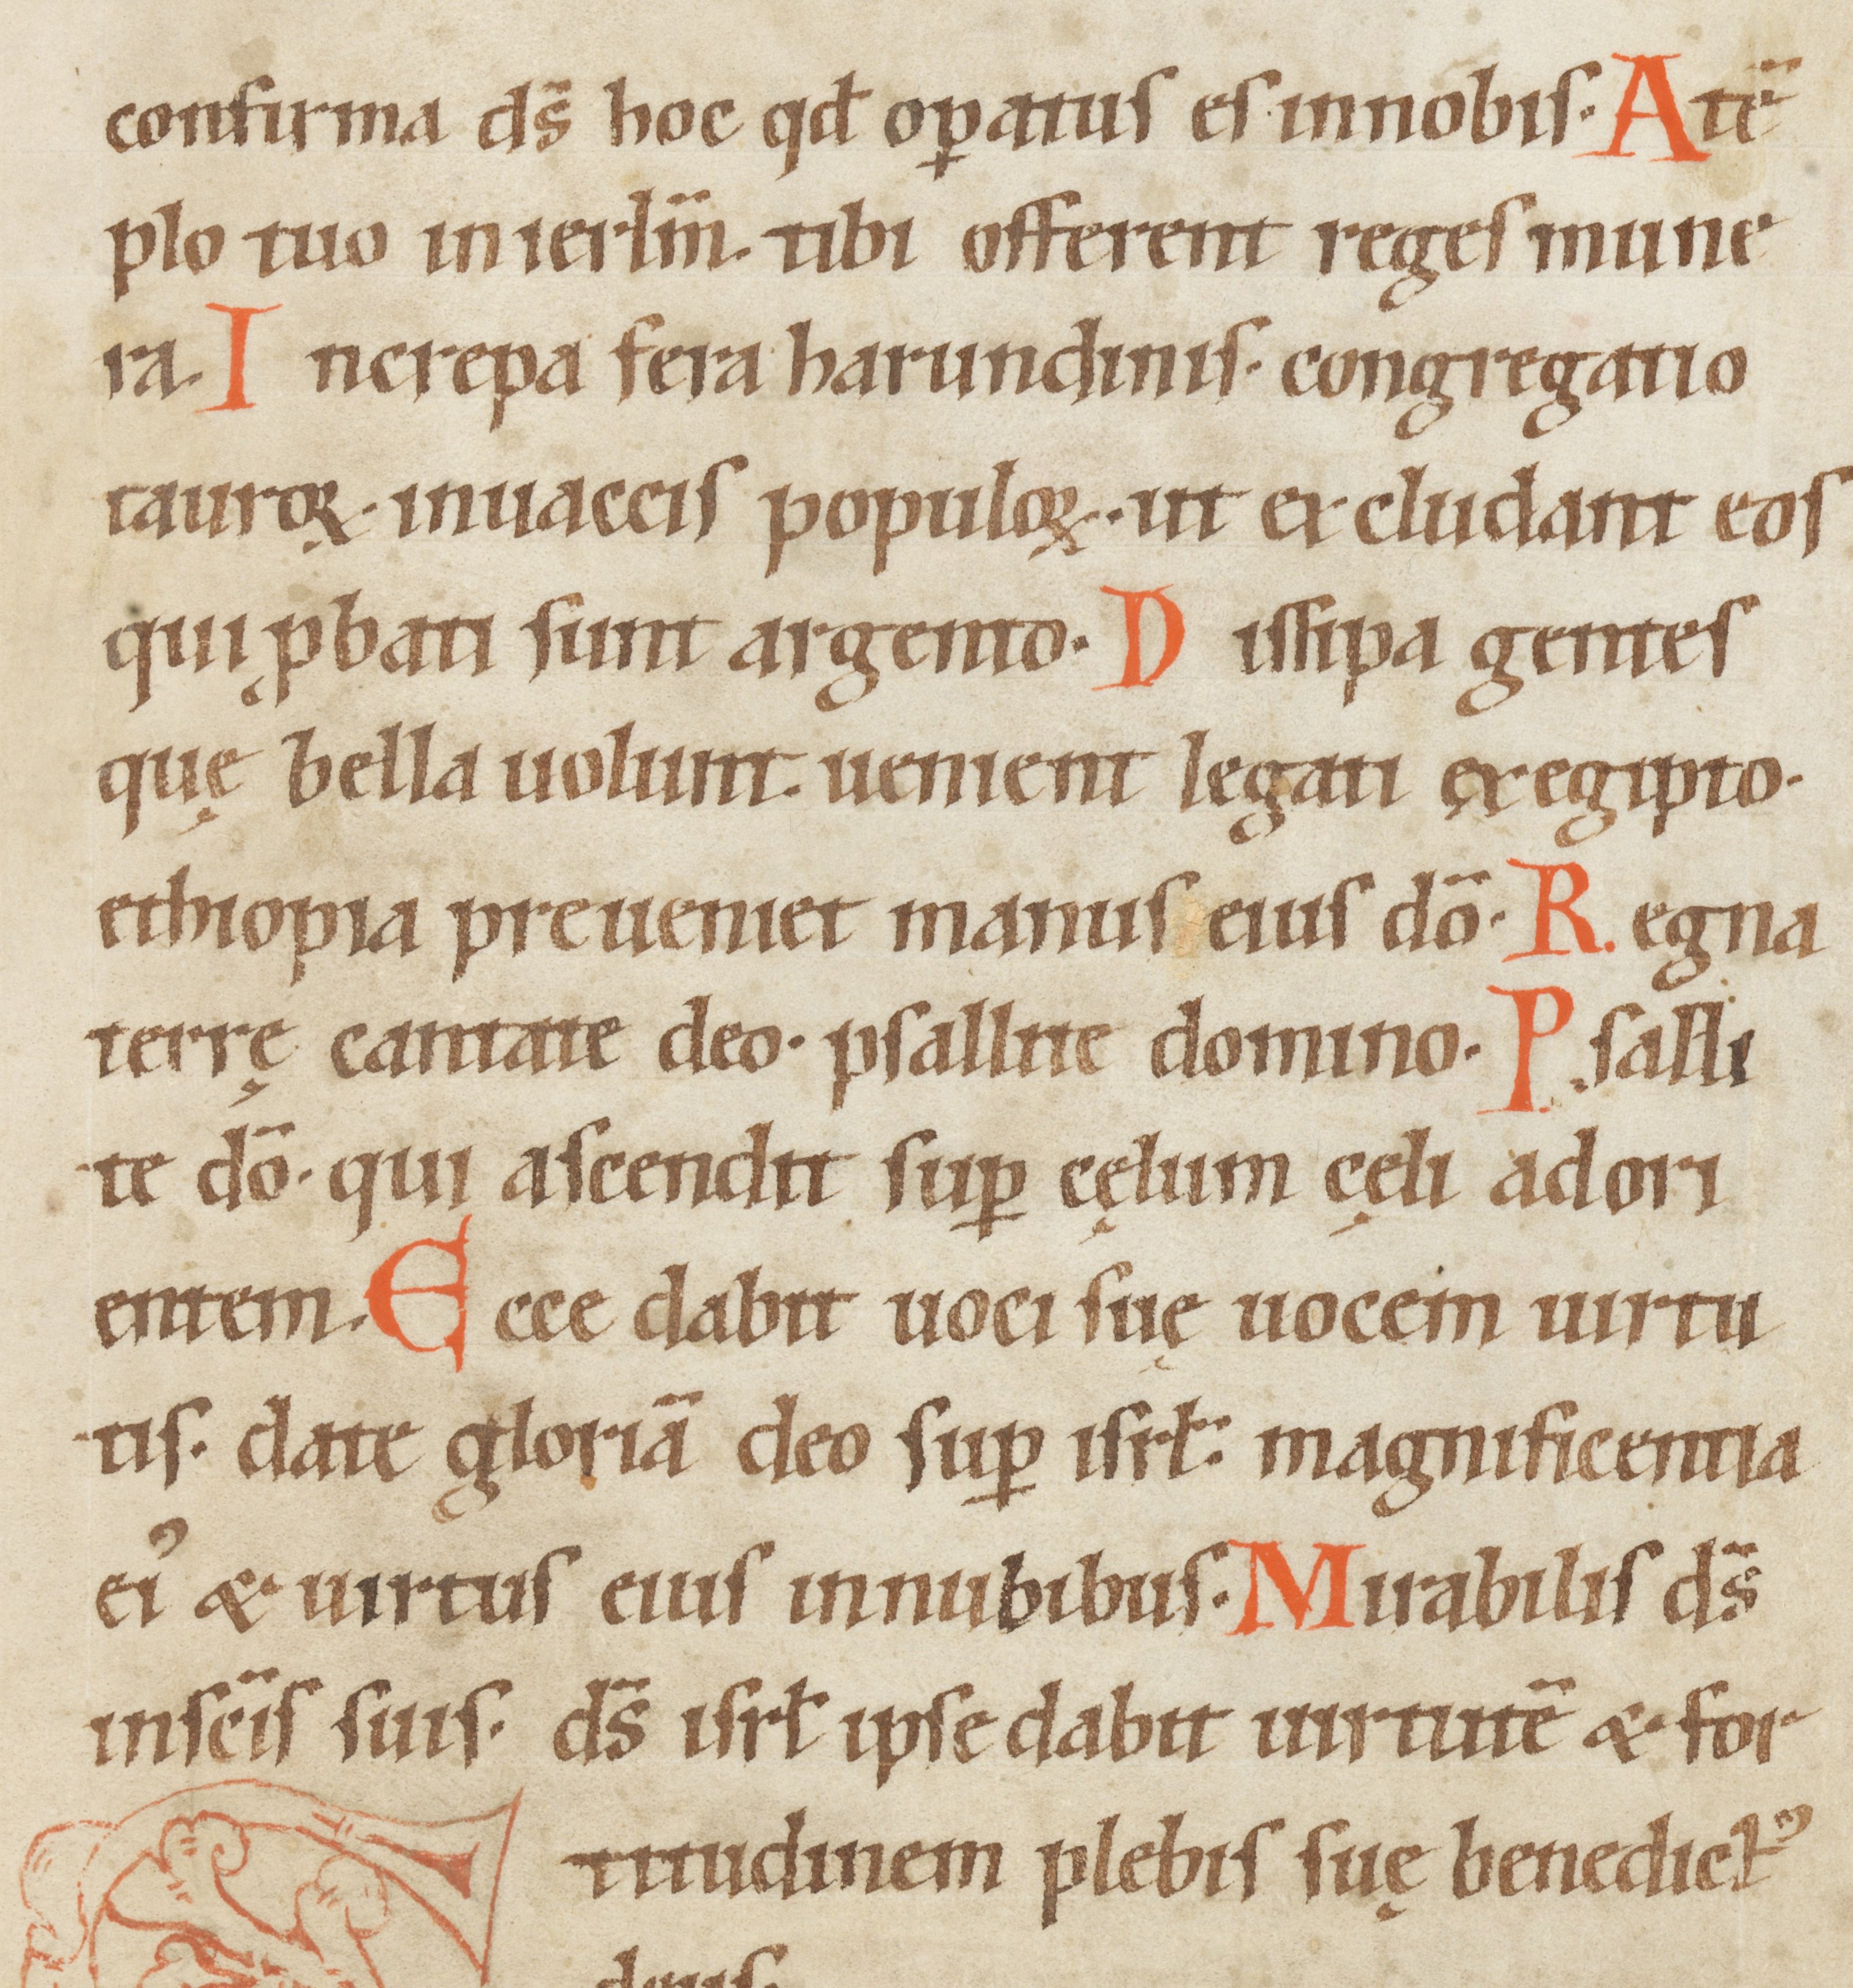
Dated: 1100–1199